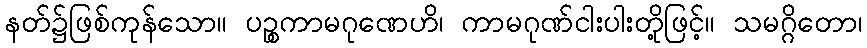
နတ်၌ဖြစ်ကုန်သော။ ပဉ္စကာမဂုဏေဟိ၊ ကာမဂုဏ်ငါးပါးတို့ဖြင့်။ သမဂ္ဂိတော၊